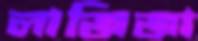
লাজিজা